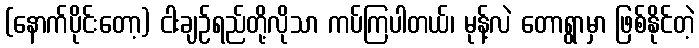
(နောက်ပိုင်းတော့) ငါးချဉ်ရည်တို့လိုသာ ကပ်ကြပါတယ်၊ မုန့်လဲ တောရွာမှာ ဖြစ်နိုင်တဲ့